Annual report of the Imperial Bacteriologist
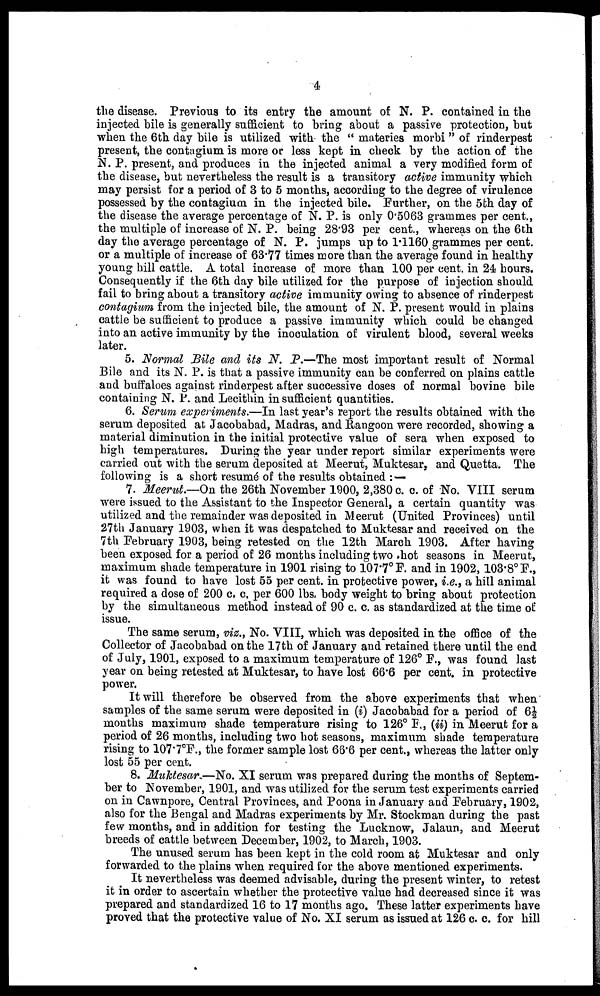
4
the disease. Previous to its entry the amount of N. P. contained in the
injected bile is generally sufficient to bring about a passive protection, but
when the 6th day bile is utilized with the " materies morbi " of rinderpest
present, the contagium is more or less kept in check by the action of the
N. P. present, and produces in the injected animal a very modified form of
the disease, but nevertheless the result is a transitory active immunity which
may persist for a period of 3 to 5 months, according to the degree of virulence
possessed by the contagium in the injected bile. Further, on the 5th day of
the disease the average percentage of N. P. is only 0.5063 grammes per cent.,
the multiple of increase of N. P. being 28.93 per cent., whereas on the 6th
day the average percentage of N. P. jumps up to 1.1160 grammes per cent.
or a multiple of increase of 63.77 times more than the average found in healthy
young hill cattle. A total increase of more than 100 per cent. in 24 hours.
Consequently if the 6th day bile utilized for the purpose of injection should
fail to bring about a transitory active immunity owing to absence of rinderpest
contagium from the injected bile, the amount of N. P. present would in plains
cattle be sufficient to produce a passive immunity which could be changed
into an active immunity by the inoculation of virulent blood, several weeks
later.
5. Normal Bile and its N. P.—The most important result of Normal
Bile and its N. P. is that a passive immunity can be conferred on plains cattle
and buffaloes against rinderpest after successive doses of normal bovine bile
containing N. P. and Lecithin in sufficient quantities.
6. Serum experiments.—In last year's report the results obtained with the
serum deposited at Jacobabad, Madras, and Rangoon were recorded, showing a
material diminution in the initial protective value of sera when exposed to
high temperatures. During the year under report similar experiments were
carried out with the serum deposited at Meerut, Muktesar, and Quetta. The
following is a short resumé of the results obtained :—
7. Meerut.—On the 26th November 1900, 2,380c. c. of No. VIII serum
were issued to the Assistant to the Inspector General, a certain quantity was
utilized and the remainder was deposited in Meerut (United Provinces) until
27th January 1903, when it was despatched to Muktesar and received on the
7th February 1903, being retested on the 12th March 1903. After having
been exposed for a period of 26 months including two hot seasons in Meerut,
maximum shade temperature in 1901 rising to 107.7° F. and in 1902, 103.8°F.,
it was found to have lost 55 per cent. in protective power, i.e., a hill animal
required a dose of 200 c. c. per 600 lbs. body weight to bring about protection
by the simultaneous method instead of 90 c. c. as standardized at the time of
issue.
The same serum, viz., No. VIII, which was deposited in the office of the
Collector of Jacobabad on the 17th of January and retained there until the end
of July, 1901, exposed to a maximum temperature of 126° F., was found last
year on being retested at Muktesar, to have lost 66.6 per cent. in protective
power.
It will therefore be observed from the above experiments that when
samples of the same serum were deposited in (i) Jacobabad for a period of 6½
months maximum shade temperature rising to 126° F., (ii) in Meerut for a
period of 26 months, including two hot seasons, maximum shade temperature
rising to 107.7°F., the former sample lost 66.6 per cent., whereas the latter only
lost 55 per cent.
8. Muktesar.—No. XI serum was prepared during the months of Septem-
ber to November, 1901, and was utilized for the serum test experiments carried
on in Cawnpore, Central Provinces, and Poona in January and February, 1902,
also for the Bengal and Madras experiments by Mr. Stockman during the past
few months, and in addition for testing the Lucknow, Jalaun, and Meerut
breeds of cattle between December, 1902, to March, 1903.
The unused serum has been kept in the cold room at Muktesar and only
forwarded to the plains when required for the above mentioned experiments.
It nevertheless was deemed advisable, during the present winter, to retest
it in order to ascertain whether the protective value had decreased since it was
prepared and standardized 16 to 17 months ago. These latter experiments have
proved that the protective value of No. XI serum as issued at 126 c. c. for hill